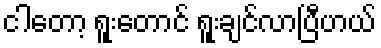
ငါတော့ ရူးတောင် ရူးချင်လာပြီဟယ်